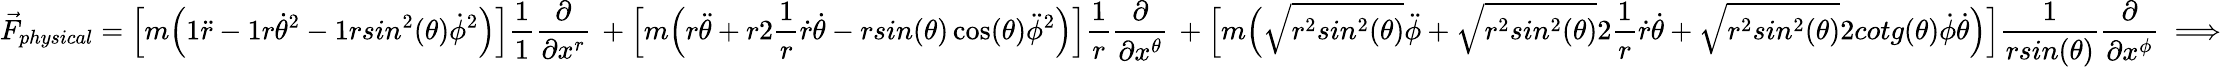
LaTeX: \vec{F}_{physical}=\Big[m\Big(1\ddot{r}-1r\dot{\theta}^{2}-1rsin^{2}(\theta)\dot{\phi}^{2}\Big)\Big]\frac{1}{1}\frac{\partial}{\partial x^{r}}\, +\Big[m\Big(r\ddot{\theta}+r2\frac{1}{r}\dot{r}\dot{\theta}-rsin(\theta)\cos(\theta)\ddot{\phi}^{2}\Big)\Big]\frac{1}{r}\frac{\partial}{\partial x^{\theta}}\, +\Big[m\Big(\sqrt{r^{2}sin^{2}(\theta)}\ddot{\phi}+\sqrt{r^{2}sin^{2}(\theta)}2\frac{1}{r}\dot{r}\dot{\theta}+\sqrt{r^{2}sin^{2}(\theta)}2cotg(\theta)\dot{\phi}\dot{\theta}\Big)\Big]\frac{1}{rsin(\theta)}\frac{\partial}{\partial x^{\phi}}\implies